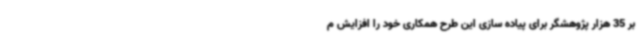
بر 35 هزار پژوهشگر برای پیاده سازی این طرح همکاری خود را افزایش م